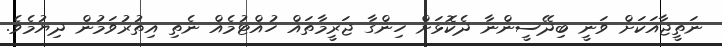
ނަތީޖާއަކަށް ވަނީ ބިދޭސީންނާ ދެކޮޅަށް ހިންގާ ޖަރީމާތައް ހުއްޓުމެއް ނެތި އިތުރުވަމުން ދިޔުމެވެ.